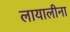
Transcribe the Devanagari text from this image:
लायालीना